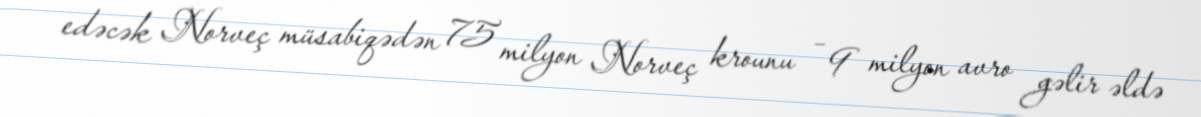
edəcək Norveç müsabiqədən 75 milyon Norveç krounu – 9 milyon avro gəlir əldə